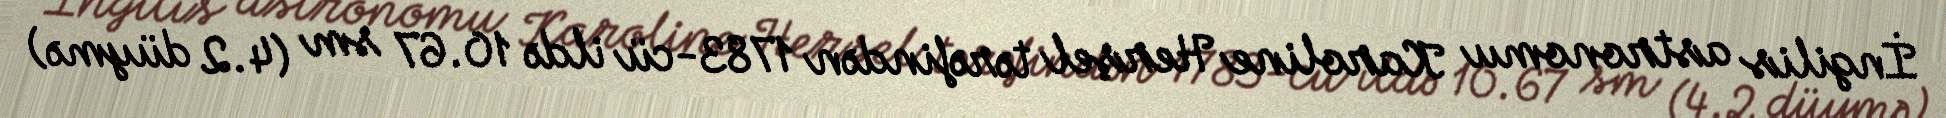
İngilis astronomu Karoline Herşel tərəfindən 1783-cü ildə 10.67 sm (4.2 düymə)